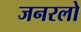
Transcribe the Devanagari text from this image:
जनरलो